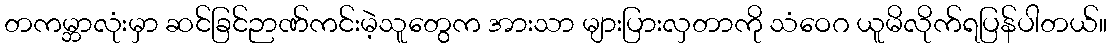
တကမ္ဘာလုံးမှာ ဆင်ခြင်ဉာဏ်ကင်းမဲ့သူတွေက အားသာ များပြားလှတာကို သံဝေဂ ယူမိလိုက်ရပြန်ပါတယ်။